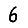
Digit: 6